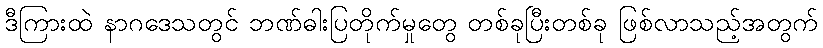
ဒီကြားထဲ နာဂဒေသတွင် ဘဏ်ဓါးပြတိုက်မှုတွေ တစ်ခုပြီးတစ်ခု ဖြစ်လာသည့်အတွက်